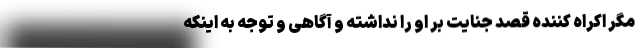
مگر اکراه کننده قصد جنایت بر او را نداشته و آگاهی و توجه به اینکه